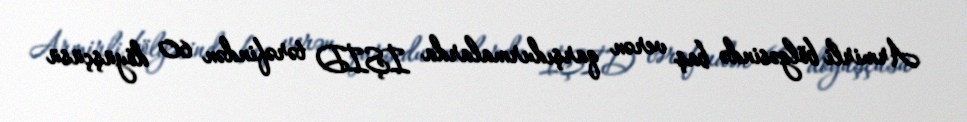
Armirli bölgəsində baş verən qarşıdurmalarda İŞİD tərəfindən 60 döyüşçüsü